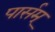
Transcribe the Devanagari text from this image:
पार्सम्